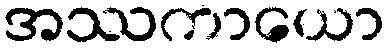
အဿကာယော